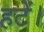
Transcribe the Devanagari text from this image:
हटें।